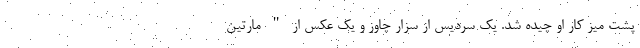
پشت میز کار او چیده شد. یک سردیس از سزار چاوز و یک عکس از " مارتین